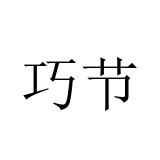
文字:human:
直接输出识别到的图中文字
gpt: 巧节